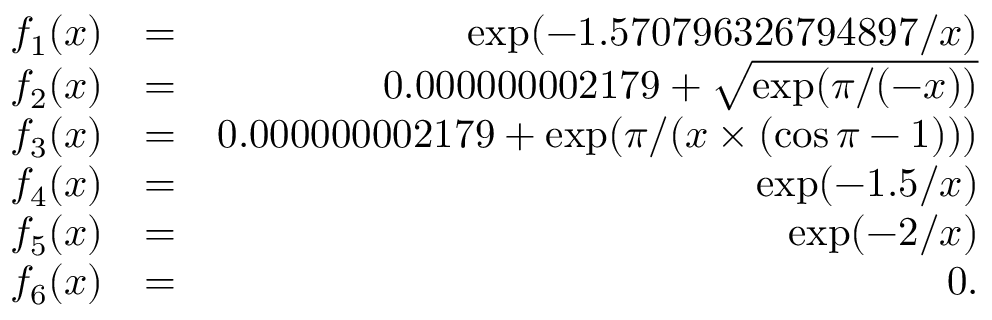
\begin{array} { r l r } { f _ { 1 } ( x ) } & { = } & { \exp ( - 1 . 5 7 0 7 9 6 3 2 6 7 9 4 8 9 7 / x ) } \\ { f _ { 2 } ( x ) } & { = } & { 0 . 0 0 0 0 0 0 0 0 2 1 7 9 + \sqrt { \exp ( \pi / ( - x ) ) } } \\ { f _ { 3 } ( x ) } & { = } & { 0 . 0 0 0 0 0 0 0 0 2 1 7 9 + \exp ( \pi / ( x \times ( \cos \pi - 1 ) ) ) } \\ { f _ { 4 } ( x ) } & { = } & { \exp ( - 1 . 5 / x ) } \\ { f _ { 5 } ( x ) } & { = } & { \exp ( - 2 / x ) } \\ { f _ { 6 } ( x ) } & { = } & { 0 . } \end{array}